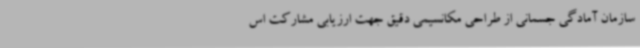
سازمان آمادگی جسمانی از طراحی مکانسیمی دقیق جهت ارزیابی مشارکت اس